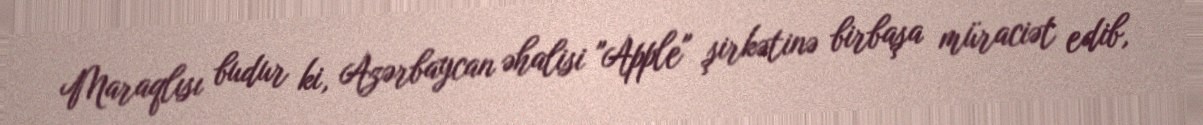
Maraqlısı budur ki, Azərbaycan əhalisi "Apple" şirkətinə birbaşa müraciət edib,